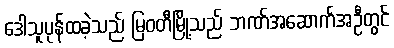
ဒေါသူပုန်ထခဲ့သည် မြဝတီမြို့သည် ဘဏ်အဆောက်အဦတွင်